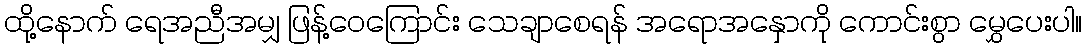
ထို့နောက် ရေအညီအမျှ ဖြန့်ဝေကြောင်း သေချာစေရန် အရောအနှောကို ကောင်းစွာ မွှေပေးပါ။